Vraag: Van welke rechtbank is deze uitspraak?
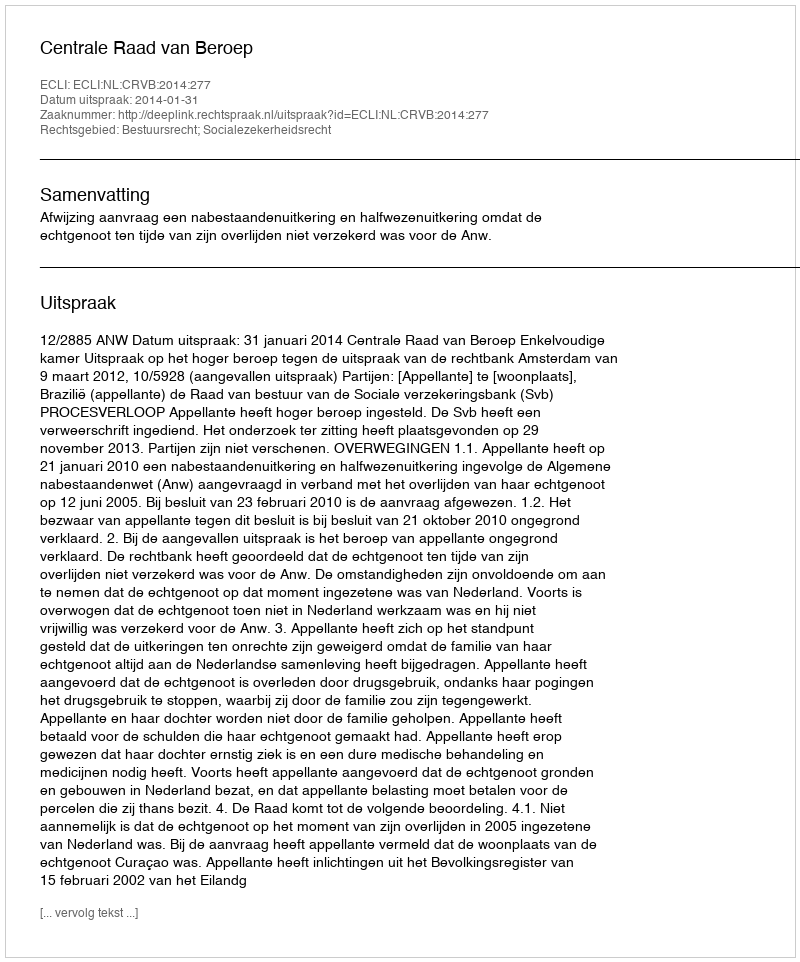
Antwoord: Centrale Raad van Beroep